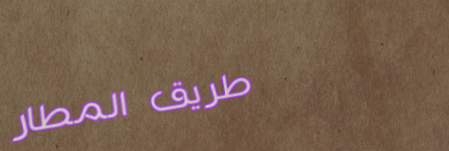
طريق المطار